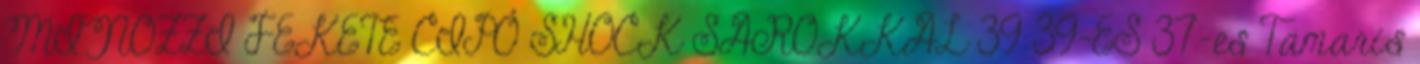
MINOZZI FEKETE CIPŐ SHOCK SAROKKAL 39 39-ES 37-es Tamaris